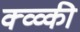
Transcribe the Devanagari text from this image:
क्व्व्की